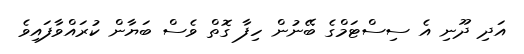
އަދި ދޫނި އެ ސިސްޓަމްގެ ބޭނުން ހިފާ ގޮތް ވެސް ބަޔާން ކުރައްވާފައިވެ